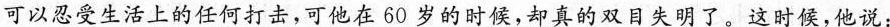
可以忍受生活上的任何打击，可他在60岁的时候，却真的双目失明了。这时候，他说